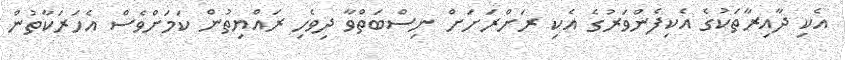
އެކި ދާއިރާތަކުގެ އެކިފެންވަރުގެ އެކި ރަށްރަށަށް ނިސްބަތްވާ ދިވެހި ރައްޔިތުން ކަމަށްވެސް އެހަރަކާތުން